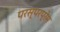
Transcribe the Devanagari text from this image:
परस्परप्रेम